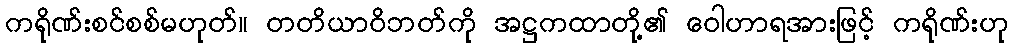
ကရိုဏ်းစင်စစ်မဟုတ်။ တတိယာဝိဘတ်ကို အဋ္ဌကထာတို့၏ ဝေါဟာရအားဖြင့် ကရိုဏ်းဟု